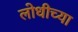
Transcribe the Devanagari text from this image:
लोधीच्या